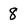
Character: 8